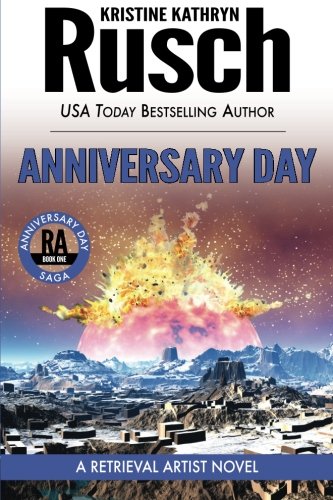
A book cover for Anniversary Day (Retrieval Artist); Kristine Kathryn Rusch; Science Fiction & Fantasy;